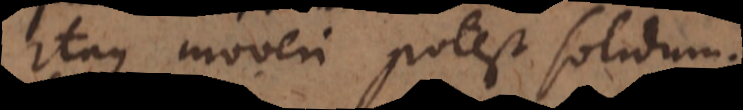
Itaque moveri potest solidum